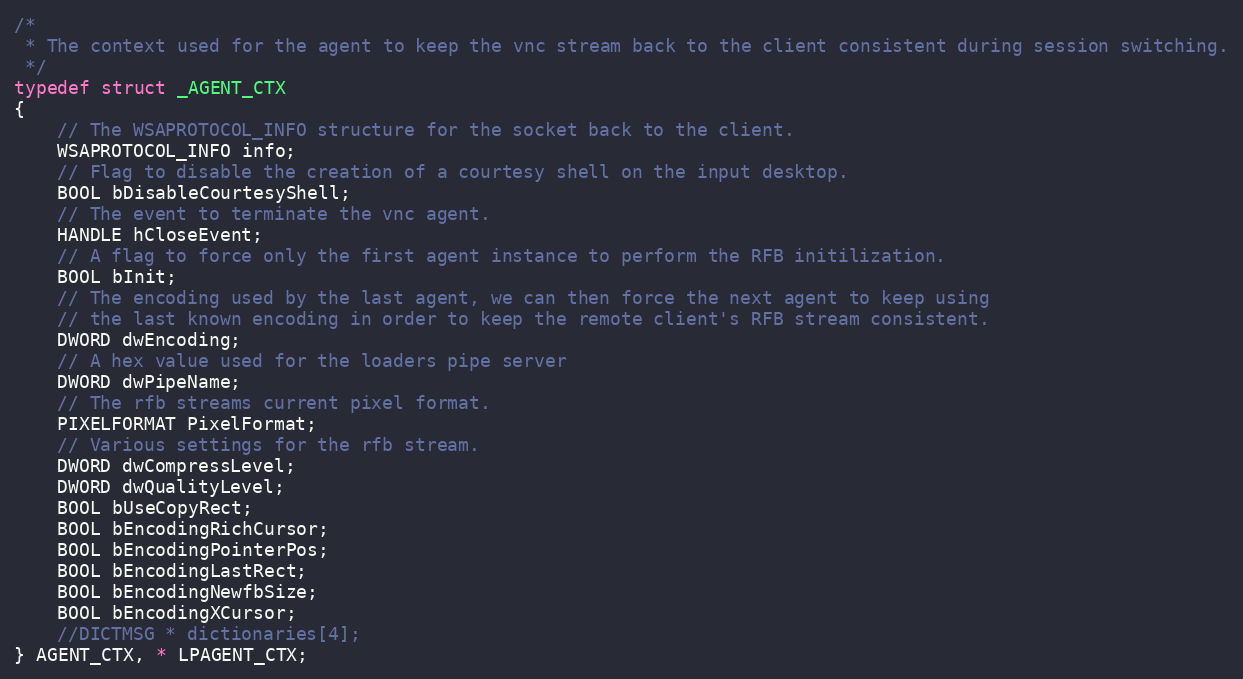
Language: C
/*
 * The context used for the agent to keep the vnc stream back to the client consistent during session switching.
 */
typedef struct _AGENT_CTX
{
	// The WSAPROTOCOL_INFO structure for the socket back to the client.
	WSAPROTOCOL_INFO info;
	// Flag to disable the creation of a courtesy shell on the input desktop.
	BOOL bDisableCourtesyShell;
	// The event to terminate the vnc agent.
	HANDLE hCloseEvent;
	// A flag to force only the first agent instance to perform the RFB initilization.
	BOOL bInit;
	// The encoding used by the last agent, we can then force the next agent to keep using
	// the last known encoding in order to keep the remote client's RFB stream consistent.
	DWORD dwEncoding;
	// A hex value used for the loaders pipe server
	DWORD dwPipeName;
	// The rfb streams current pixel format.
	PIXELFORMAT PixelFormat;
	// Various settings for the rfb stream.
	DWORD dwCompressLevel;
	DWORD dwQualityLevel;
	BOOL bUseCopyRect;
	BOOL bEncodingRichCursor;
	BOOL bEncodingPointerPos;
	BOOL bEncodingLastRect;
	BOOL bEncodingNewfbSize;
	BOOL bEncodingXCursor;
	//DICTMSG * dictionaries[4];
} AGENT_CTX, * LPAGENT_CTX;